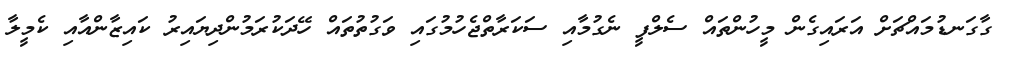
ގާގަނޑުމައްޗަށް އަރައިގެން މީހުންތައް ސެލްފީ ނެގުމާއި ސަކަރާތްޖެހުމުގައި ވަގުތުތައް ހޭދަކުރަމުންދިޔައިރު ކައިޒާންއާއި ކެމީލާ